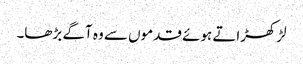
لڑکھڑاتے ہوئے قدموں سے وہ آگے بڑھا۔